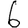
Digit: 6